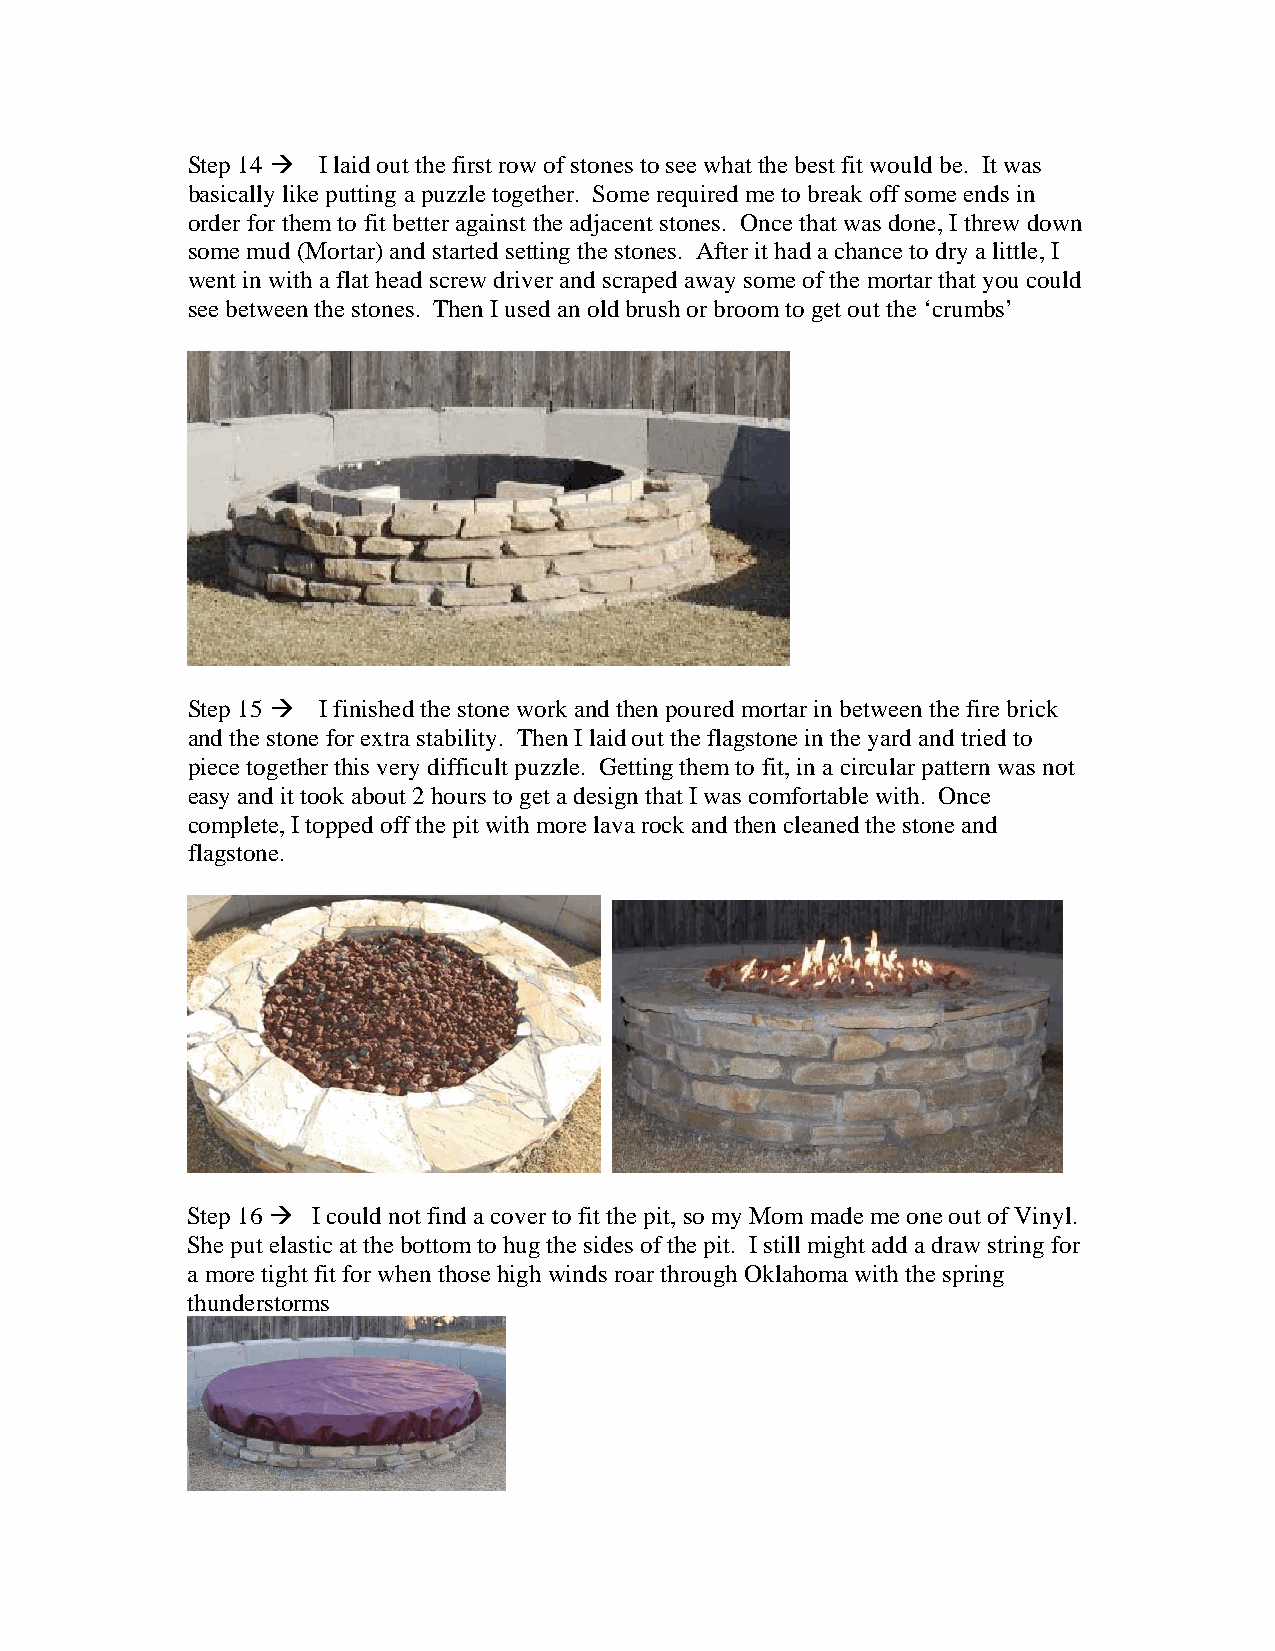
Step 14  I laid out the first row of stones to see what the best fit would be. It was
 basically like putting a puzzle together. Some required me to break off some ends in
 order for them to fit better against the adjacent stones. Once that was done, I threw down
 some mud (Mortar) and started setting the stones. After it had a chance to dry a little, I
 went in with a flat head screw driver and scraped away some of the mortar that you could
 see between the stones. Then I used an old brush or broom to get out the ‘crumbs’
 Step 15  I finished the stone work and then poured mortar in between the fire brick
 and the stone for extra stability. Then I laid out the flagstone in the yard and tried to
 piece together this very difficult puzzle. Getting them to fit, in a circular pattern was not
 easy and it took about 2 hours to get a design that I was comfortable with. Once
 complete, I topped off the pit with more lava rock and then cleaned the stone and
 flagstone.
 Step 16  I could not find a cover to fit the pit, so my Mom made me one out of Vinyl.
 She put elastic at the bottom to hug the sides of the pit. I still might add a draw string for
 a more tight fit for when those high winds roar through Oklahoma with the spring
 thunderstorms